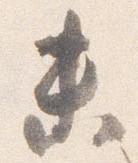
未